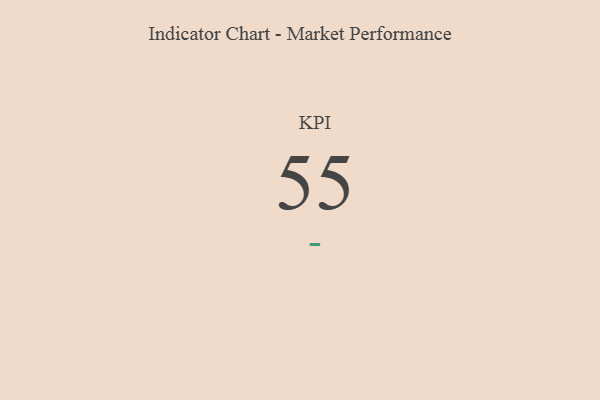
{"axis": {"x": "KPI", "y": "Value"}, "legend": [""], "data": [{"x": "KPI", "y": 55, "type": ""}]}